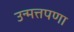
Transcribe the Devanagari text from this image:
उन्मत्तपणा